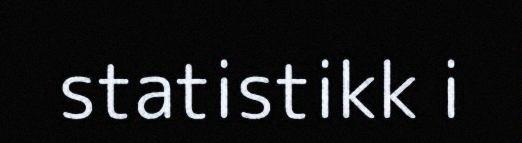
statistikk i